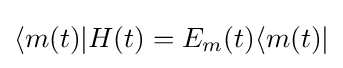
\langle m(t)|H(t)=E_{m}(t)\langle m(t)|